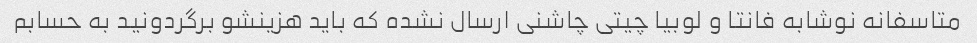
متاسفانه نوشابه فانتا و لوبیا چیتی چاشنی ارسال نشده که باید هزینشو برگردونید به حسابم